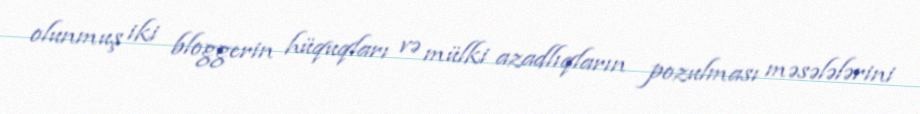
olunmuş iki bloggerin hüquqları və mülki azadlıqların pozulması məsələlərini